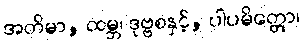
အတိမာ, ထမ္ဘ၊ ဒုဗ္ဗစနှင့်, ပါပမိတ္တော၊